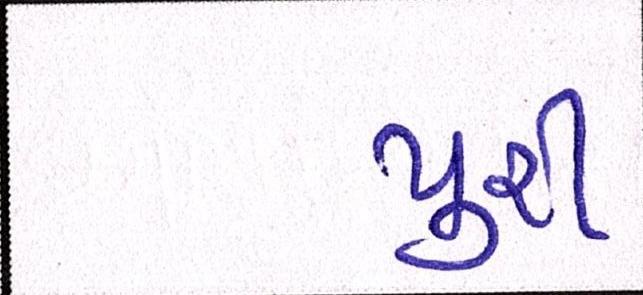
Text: પુરી